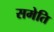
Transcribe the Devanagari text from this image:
समेति